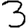
Digit: 3